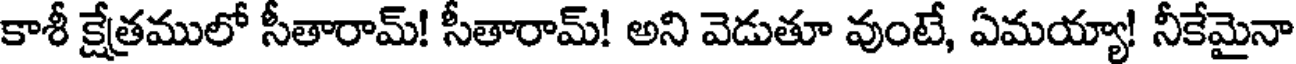
కాశీ క్షేత్రములో సీతారామ్! సీతారామ్! అని వెడుతూ వుంటే, ఏమయ్యా! నీకేమైనా